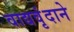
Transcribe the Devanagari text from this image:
वाद्यवृंदाने